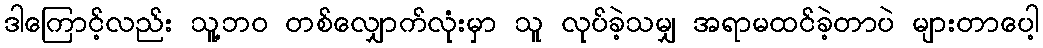
ဒါကြောင့်လည်း သူ့ဘဝ တစ်လျှောက်လုံးမှာ သူ လုပ်ခဲ့သမျှ အရာမထင်ခဲ့တာပဲ များတာပေါ့